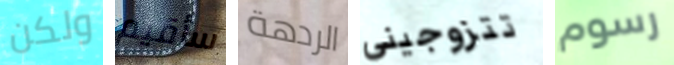
ولكن سأقيم الردهة تتزوجيني رسوم